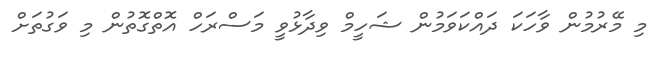
މި މޭރުމުން ވާހަކަ ދައްކަވަމުން ޝަހީމް ވިދާޅުވީ މަސްރަހް އޮތްގޮތުން މި ވަގުތަށް